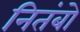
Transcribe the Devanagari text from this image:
नितंबो